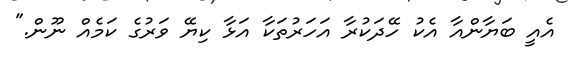
އެއީ ބަޔާންއާ އެކު ހޭދަކުރާ އަހަރުތަކާ އަޅާ ކިޔޭ ވަރުގެ ކަމެއް ނޫން."